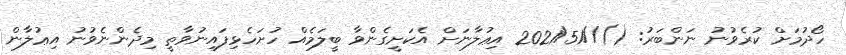
ހޯދުމަށް ކުރެވުނު ނަންބަރު: ()//2021/51 އިޢުލާނަށް އެކަށީގެންވާ ބީލަމެއް ހުށަހެޅިފައިނުވާތީ މިދެންނެވުނު އިޢުލާން